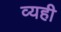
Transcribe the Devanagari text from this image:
व्यही